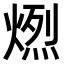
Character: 𤍅